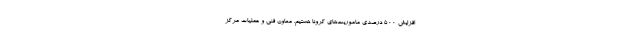
افزایش 500 درصدی ماموریت‌های کرونا هستیم. معاون فنی و عملیات مرکز